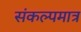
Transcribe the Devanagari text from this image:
संकल्पमात्र